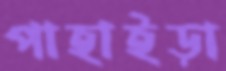
পাহাইড়া